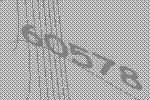
60578